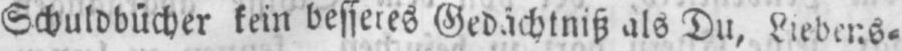
Schuldbücher kein besseres Gedächtniß als Du, Liebens⸗